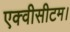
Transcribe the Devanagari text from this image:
एक्वीसीटम।